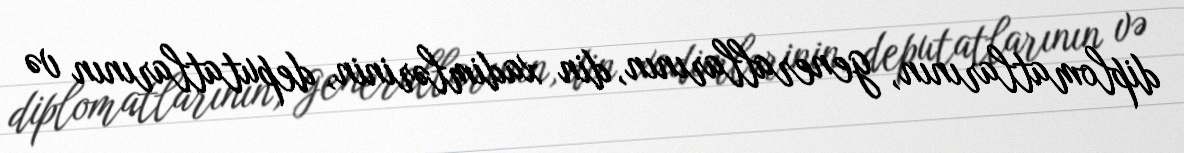
diplomatlarının, generallarının, din xadimlərinin, deputatlarının və